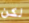
لكن